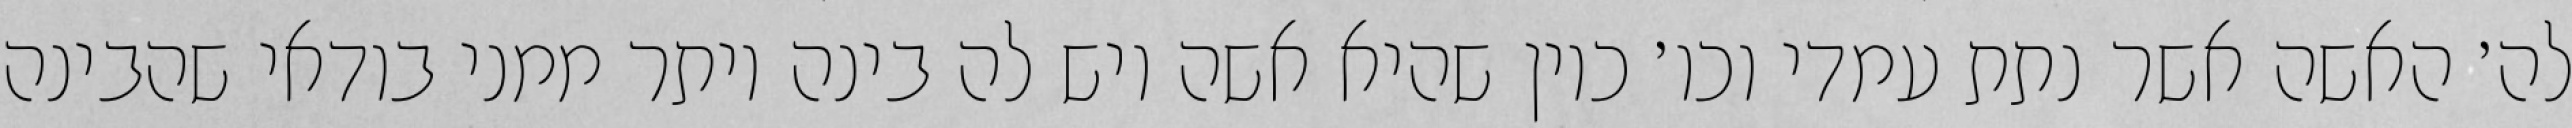
לה׳ האשה אשר נתת עמדי וכו׳ כיון שהיא אשה ויש לה בינה יותר ממני בודאי שהבינה